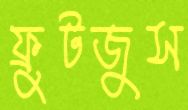
ফ্রুটজুস